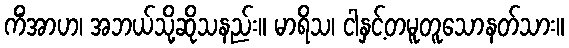
ကိံအာဟ၊ အဘယ်သို့ဆိုသနည်း။ မာရိသ၊ ငါနှင့်တမူတူသောနတ်သား။